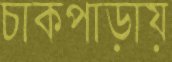
চাকপাড়ায়